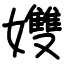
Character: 孇